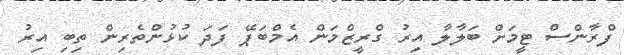
ފްރާންސް ޓީމަށް ބަލާލާ އިރު ގްރީޒްމަން އެމްބަޕޭ ފަދަ ކުޅުންތެރިން ތިބި އިރު